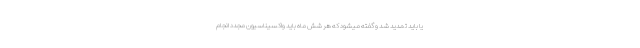
یا باید تمدید شد و گفته میشود که هر شش ماه باید واکسیناسیون مجدد انجام